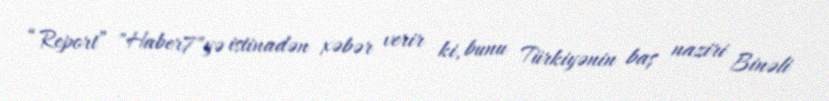
“Report” "Haber7"yə istinadən xəbər verir ki, bunu Türkiyənin baş naziri Binəli